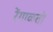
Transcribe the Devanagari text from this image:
रेंगाळतो